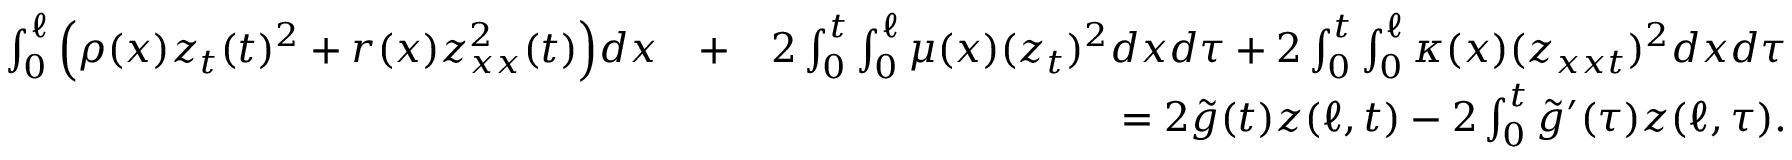
\begin{array} { r l r } { \int _ { 0 } ^ { \ell } \Big ( \rho ( x ) z _ { t } ( t ) ^ { 2 } + r ( x ) z _ { x x } ^ { 2 } ( t ) \Big ) d x } & { + } & { 2 \int _ { 0 } ^ { t } \int _ { 0 } ^ { \ell } \mu ( x ) ( z _ { t } ) ^ { 2 } d x d \tau + 2 \int _ { 0 } ^ { t } \int _ { 0 } ^ { \ell } \kappa ( x ) ( z _ { x x t } ) ^ { 2 } d x d \tau } \\ & { } & { = 2 \tilde { g } ( t ) z ( \ell , t ) - 2 \int _ { 0 } ^ { t } \tilde { g } ^ { \prime } ( \tau ) z ( \ell , \tau ) . } \end{array}